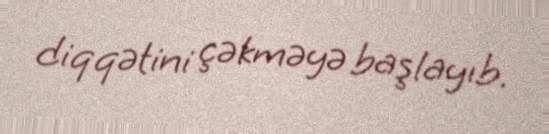
diqqətini çəkməyə başlayıb.